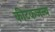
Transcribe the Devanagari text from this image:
कीटकजन्य